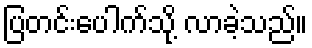
ပြတင်းပေါက်သို့ လာခဲ့သည်။